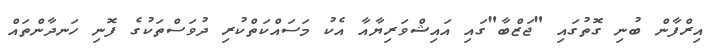
އިރްފާން ބުނި ގޮތުގައި "ޖަޒްބާ"ގައި އައިޝްވަރިޔާއާ އެކު މަސައްކަތްކުރި ދުވަސްތަކުގެ ފޮނި ހަނދާންތައް